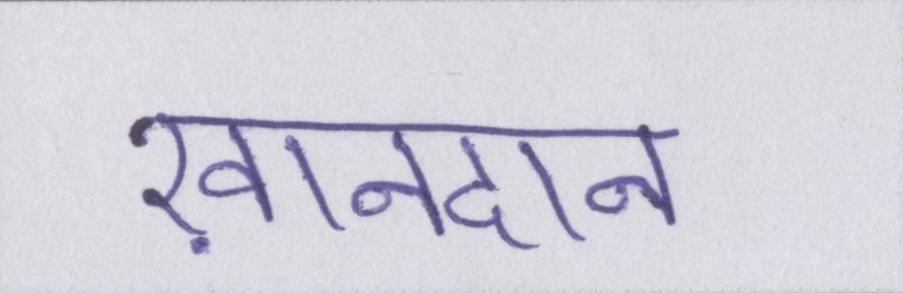
ख़ानदान